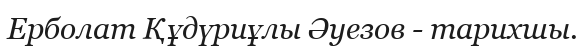
Ерболат Құдүриұлы Әуезов - тарихшы.